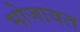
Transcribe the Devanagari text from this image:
भोजावत